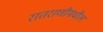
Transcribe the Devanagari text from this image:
रातराणीमधील